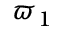
\varpi _ { 1 }